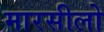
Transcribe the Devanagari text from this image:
मारसीलो